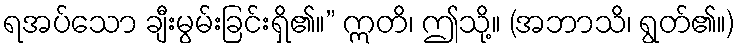
ရအပ်သော ချီးမွမ်းခြင်းရှိ၏။” ဣတိ၊ ဤသို့။ (အဘာသိ၊ ရွတ်၏။)